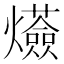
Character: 𤒷